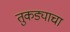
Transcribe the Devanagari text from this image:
तुकड्याचा